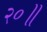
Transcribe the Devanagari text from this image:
२०॥